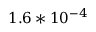
1 . 6 * 1 0 ^ { - 4 }